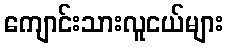
ကျောင်းသားလူငယ်များ